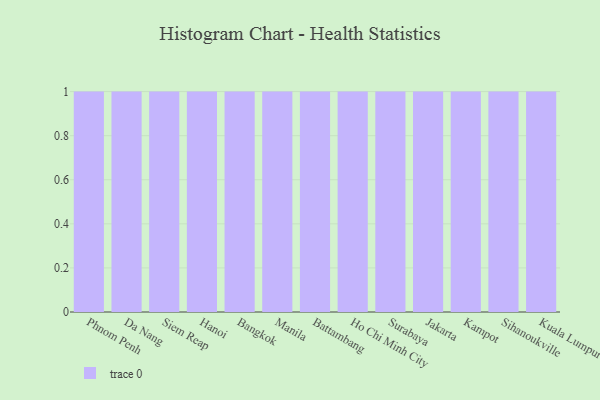
{"axis": {"x": "City", "y": "Tickets Resolved"}, "legend": [""], "data": [{"x": "Phnom Penh", "y": 79, "type": ""}, {"x": "Da Nang", "y": 61, "type": ""}, {"x": "Siem Reap", "y": 3, "type": ""}, {"x": "Hanoi", "y": 56, "type": ""}, {"x": "Bangkok", "y": 15, "type": ""}, {"x": "Manila", "y": 98, "type": ""}, {"x": "Battambang", "y": 37, "type": ""}, {"x": "Ho Chi Minh City", "y": 48, "type": ""}, {"x": "Surabaya", "y": 49, "type": ""}, {"x": "Jakarta", "y": 54, "type": ""}, {"x": "Kampot", "y": 39, "type": ""}, {"x": "Sihanoukville", "y": 44, "type": ""}, {"x": "Kuala Lumpur", "y": 34, "type": ""}]}